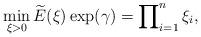
LaTeX: \begin{align*}\min_{\xi > 0} \widetilde{E}(\xi) \exp(\gamma) = \prod_{i=1}^n\nolimits \xi_i,\end{align*}